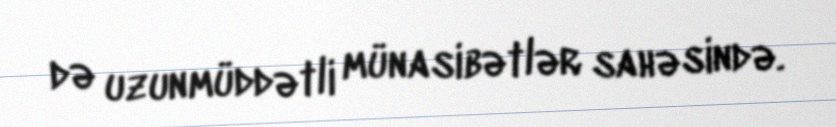
də uzunmüddətli münasibətlər sahəsində.